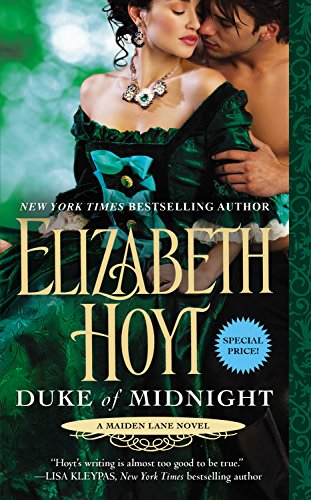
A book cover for Duke of Midnight (Maiden Lane); Elizabeth Hoyt; Romance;